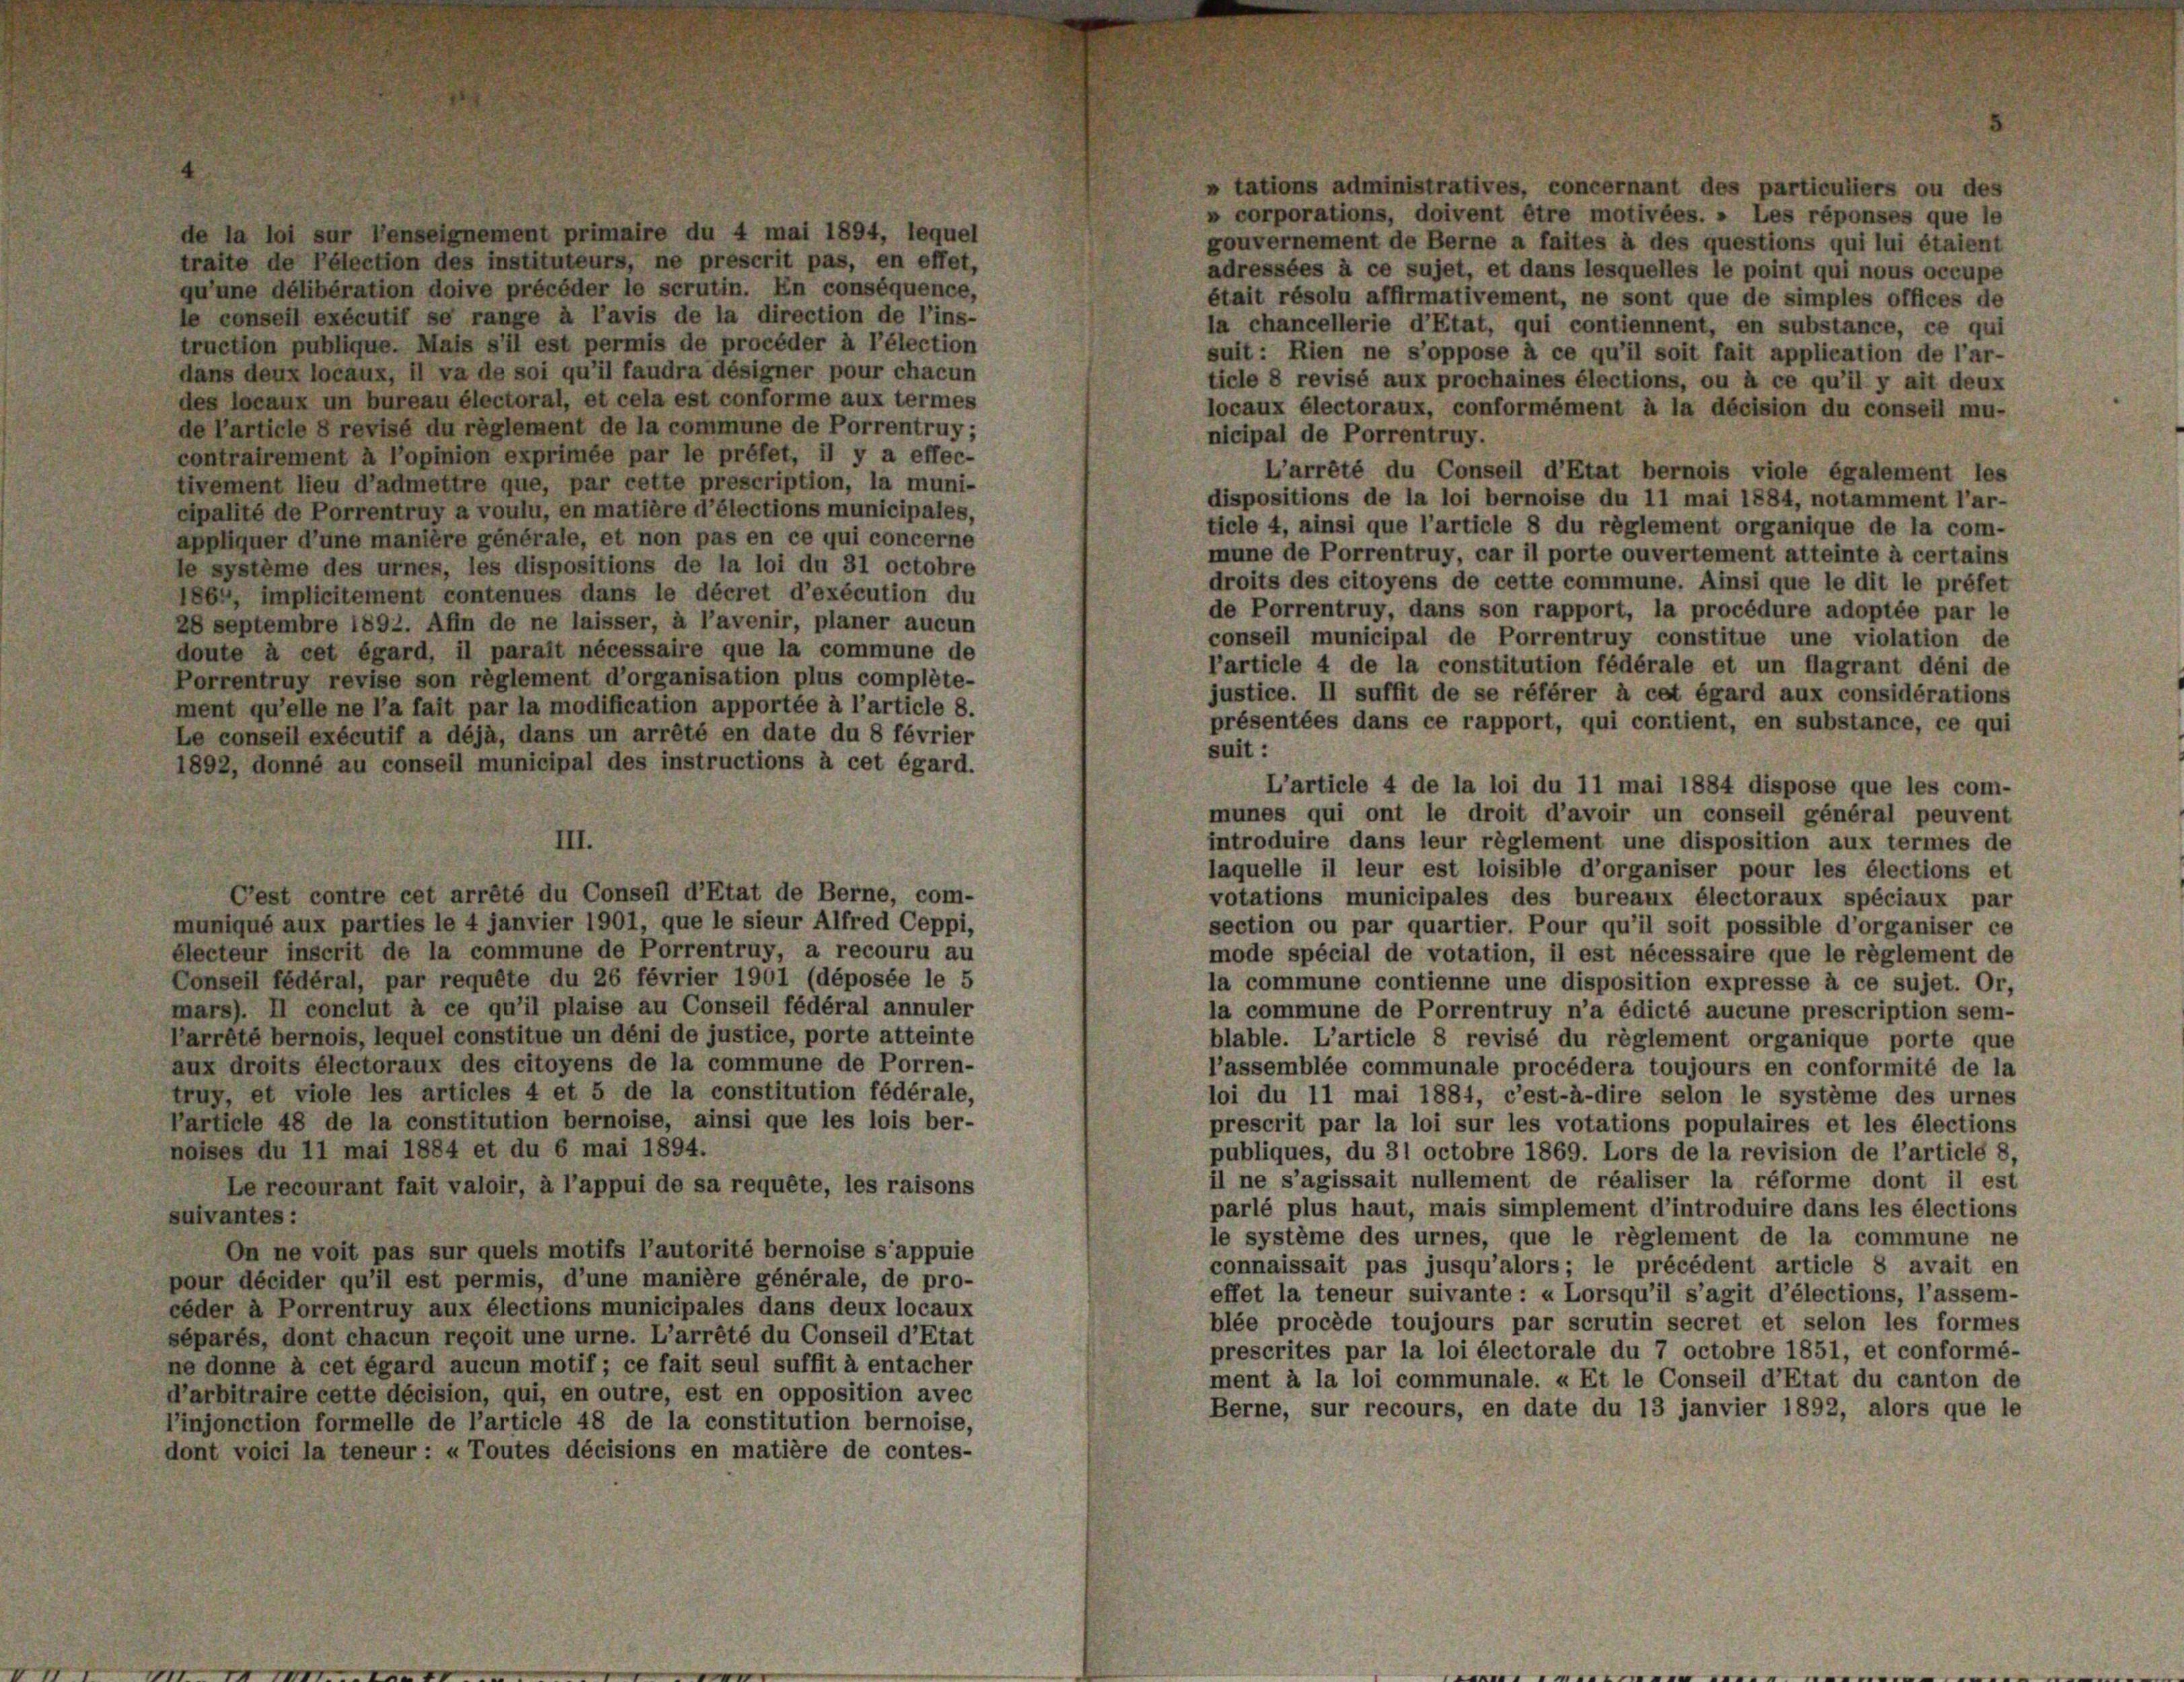
»tations administratives, concernant des particuliers ou des
» corporations, doivent être motivées. » Les réponses que le
de la loi sur l’enseignement primaire du 4 mai 1894, lequel
gouvernement de Berne a faites à des questions qui lui étaient
traite de l’élection des instituteurs, ne prescrit pas, en effet,
adressées à ce sujet, et dans lesquelles le point qui nous occupe
qu’une délibération doive précéder le scrutin. En conséquence,
était résolu affirmativement, ne sont que de simples offices de
le conseil exécutif se range à l’avis de la direction de l’ins-
la chancellerie d’Etat, qui contiennent, en substance, ce qui
truction publique. Mais s’il est permis de procéder à l’élection
suit: Rien ne s’oppose à ce qu’il soit fait application de l’ar-
dans deux locaux, il va de soi qu’il faudra désigner pour chacun
ticle 8 revisé aux prochaines élections, ou à ce qu’il y ait deux
des locaux un bureau électoral, et cela est conforme aux termes
locaux électoraux, conformément à la décision du conseil mu-
de l’article 8 revisé du règlement de la commune de Porrentruy;
nicipal de Porrentruy.
contrairement à l’opinion exprimée par le préfet, il y a effec-
L’arrêté du Conseil d’Etat bernois viole également les
tivement lieu d’admettre que, par cette prescription, la muni-
dispositions de la loi bernoise du 11 mai 1884, notamment l’ar-
cipalité de Porrentruy a voulu, en matière d’élections municipales,
ticle 4, ainsi que l’article 8 du règlement organique de la com-
appliquer d’une manière générale, et non pas en ce qui concerne
mune de Porrentruy, car il porte ouvertement atteinte à certains
le système des urnes, les dispositions de la loi du 31 octobre
droits des citoyens de cette commune. Ainsi que le dit le préfet
1861, implicitement contenues dans le décret d’exécution du
de Porrentruy, dans son rapport, la procédure adoptée par le
28 Septembre 1892. Afin de ne laisser, à l’avenir, planer aucun
conseil municipal de Porrentruy constitue une violation de
doute à cet égard, il parait nécessaire que la commune de
l’article 4 de la constitution fédérale et un flagrant déni de
Porrentruy revise son règlement d’organisation plus compléte-
justice. Il suffit de se référer à cet égard aux considérations
ment qu’elle ne l’a fait par la modification apportée à l’article 8.
présentées dans ce rapport, qui contient, en substance, ce qui
Le conseil exécutif a déjà, dans un arrêté en date du 8 février
suit:
1892, donné au conseil municipal des instructions à cet égard.
L’article 4 de la loi du 11 mai 1884 dispose que les com-
munes qui ont le droit d’avoir un conseil général peuvent
introduire dans leur règlement une disposition aux termes de
III.
laquelle il leur est loisible d’organiser pour les élections et
Cest contre cet arrêté du Conseil d’Etat de Berne, com-
votations municipales des bureaux électoraux spéciaux par
muniqué aux parties le 4 janvier 1901, que le sieur Alfred Ceppi,
section ou par quartier. Pour qu’il soit possible d’organiser ce
électeur inscrit de la commune de Porrentruy, a recouru au
mode spécial de votation, il est nécessaire que le règlement de
Conseil fédéral, par requête du 26 février 1901 (déposée le 5
la commune contienne une disposition expresse à ce sujet. Or,
mars). Il conclut à ce qu’il plaise au Conseil fédéral annuler
la commune de Porrentruy n’a édicté aucune prescription sem-
l’arrêté bernois, lequel constitue un déni de justice, porte atteinte
blable. L’article 8 revisé du règlement organique porte que
aux droits électoraux des citoyens de la commune de Porren-
l’assemblée communale procédera toujours en conformité de la
truy, et viole les articles 4 et 5 de la constitution fédérale,
loi du 11 mai 1884, c’est-à-dire selon le système des urnes
Particle 48 de la constitution bernoise, ainsi que les lois ber-
prescrit par la loi sur les votations populaires et les élections
noises du 11 mai 1884 et du 6 mai 1894.
publiques, du 31 octobre 1869. Lors de la revision de l’article 8,
il ne s’agissait nullement de réaliser la réforme dont il est
Le recourant fait valoir, à l’appui de sa requête, les raisons
parlé plus haut, mais simplement d’introduire dans les élections
suivantes:
le système des urnes, que le règlement de la commune ne
On ne voit pas sur quels motifs l’autorité bernoise s’appuie
connaissait pas jusqu’alors; le précédent article 8 avait en
pour décider qu’il est permis, d’une manière générale, de pro-
effet la teneur suivante : «Lorsqu’il s’agit d’élections, l’assem-
céder à Porrentruy aux élections municipales dans deux locaux
blée procède toujours par scrutin secret et selon les formes
séparés, dont chacun reçoit une urne. L’arrêté du Conseil d’Etat
prescrites par la loi électorale du 7 octobre 1851, et conformé-
ne donne à cet égard aucun motif ; ce fait seul suffit à entacher
ment à la loi communale. « Et le Conseil d’Etat du canton de
d’arbitraire cette décision, qui, en outre, est en opposition avec
Berne, sur recours, en date du 13 janvier 1892, alors que le
l’injonction formelle de l’article 48 de la constitution bernoise,
dont voici la teneur: „Toutes décisions en matière de contes-